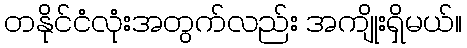
တနိုင်ငံလုံးအတွက်လည်း အကျိုးရှိမယ်။